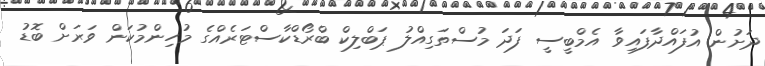
ދަށުން އުފައްދާފައިވާ އެމްބީސީ ފަދަ މުސްތަގިއްލު ޕަބްލިކް ބްރޯޑްކާސްޓަރެއްގެ މުހިންމުކަން ވަރަށް ބޮޑު